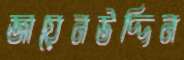
জায়েনউদ্দিন